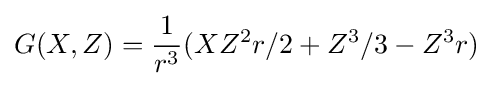
G(X,Z)={1 \over r^{3}}(XZ^{2}r/2+Z^{3}/3-Z^{3}r)